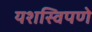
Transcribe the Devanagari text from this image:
यशस्विपणे